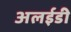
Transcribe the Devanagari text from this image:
अलईडी